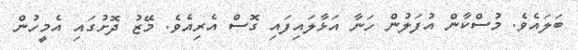
ބަލައެވެ. މުސްކާން އުފަލުން ހަނާ އަޅާލައިފައި ގޮސް އެރިއެވެ. މޭޒު ދޮށުގައި އެމީހުން